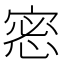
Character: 𢛬